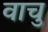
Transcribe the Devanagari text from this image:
वाचु